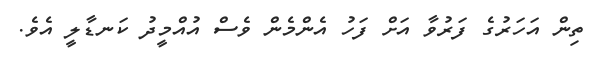
ތިން އަހަރުގެ ފަރުވާ އަށް ފަހު އެންމެން ވެސް އުއްމީދު ކަނޑާލީ އެވެ.